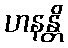
ဟနန္တိ